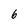
Character: 6